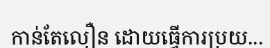
កាន់តែលឿន ដោយធ្វើការប្រយ...